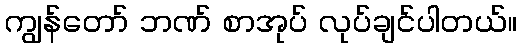
ကျွန်တော် ဘဏ် စာအုပ် လုပ်ချင်ပါတယ်။